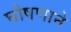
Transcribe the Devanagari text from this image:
घोषणाने